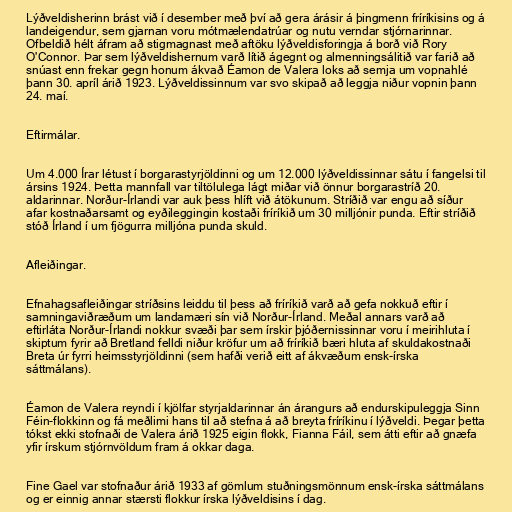
Lýðveldisherinn brást við í desember með því að gera árásir á þingmenn fríríkisins og á
landeigendur, sem gjarnan voru mótmælendatrúar og nutu verndar stjórnarinnar.
Ofbeldið hélt áfram að stigmagnast með aftöku lýðveldisforingja á borð við Rory
O'Connor. Þar sem lýðveldishernum varð lítið ágegnt og almenningsálitið var farið að
snúast enn frekar gegn honum ákvað Éamon de Valera loks að semja um vopnahlé
þann 30. apríl árið 1923. Lýðveldissinnum var svo skipað að leggja niður vopnin þann
24. maí.

Eftirmálar.

Um 4.000 Írar létust í borgarastyrjöldinni og um 12.000 lýðveldissinnar sátu í fangelsi til
ársins 1924. Þetta mannfall var tiltölulega lágt miðar við önnur borgarastríð 20.
aldarinnar. Norður-Írlandi var auk þess hlíft við átökunum. Stríðið var engu að síður
afar kostnaðarsamt og eyðileggingin kostaði fríríkið um 30 milljónir punda. Eftir stríðið
stóð Írland í um fjögurra milljóna punda skuld.

Afleiðingar.

Efnahagsafleiðingar stríðsins leiddu til þess að fríríkið varð að gefa nokkuð eftir í
samningaviðræðum um landamæri sín við Norður-Írland. Meðal annars varð að
eftirláta Norður-Írlandi nokkur svæði þar sem írskir þjóðernissinnar voru í meirihluta í
skiptum fyrir að Bretland felldi niður kröfur um að fríríkið bæri hluta af skuldakostnaði
Breta úr fyrri heimsstyrjöldinni (sem hafði verið eitt af ákvæðum ensk-írska
sáttmálans).

Éamon de Valera reyndi í kjölfar styrjaldarinnar án árangurs að endurskipuleggja Sinn
Féin-flokkinn og fá meðlimi hans til að stefna á að breyta fríríkinu í lýðveldi. Þegar þetta
tókst ekki stofnaði de Valera árið 1925 eigin flokk, Fianna Fáil, sem átti eftir að gnæfa
yfir írskum stjórnvöldum fram á okkar daga.

Fine Gael var stofnaður árið 1933 af gömlum stuðningsmönnum ensk-írska sáttmálans
og er einnig annar stærsti flokkur írska lýðveldisins í dag.